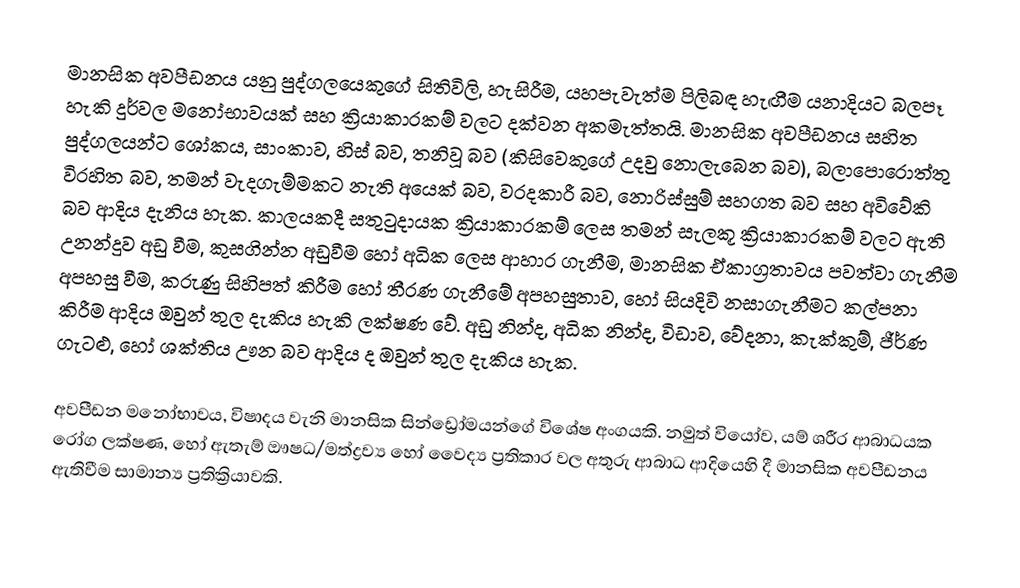
මානසික අවපීඩනය යනු පුද්ගලයෙකුගේ සිතිවිලි, හැසිරීම, යහපැවැත්ම පිලිබඳ හැඟීම යනාදියට බලපෑ හැකි දුර්වල මනෝභාවයක් සහ ක්‍රියාකාරකම් වලට දක්වන අකමැත්තයි.  මානසික අවපීඩනය සහිත පුද්ගලයන්ට ශෝකය, සාංකාව, හිස් බව, තනිවූ බව (කිසිවෙකුගේ උදවු නොලැබෙන බව), බලාපොරොත්තු විරහිත බව, තමන් වැදගැම්මකට නැති අයෙක් බව, වරදකාරී බව, නොරිස්සුම් සහගත බව සහ අවිවේකි බව ආදිය දැනිය හැක. කාලයකදී සතුටුදායක ක්‍රියාකාරකම් ලෙස තමන් සැලකූ ක්‍රියාකාරකම් වලට ඇති උනන්දුව අඩු වීම, කුසගින්න අඩුවීම හෝ අධික ලෙස ආහාර ගැනීම, මානසික ඒකාග්‍රතාවය පවත්වා ගැනීම අපහසු වීම, කරුණු සිහිපත් කිරීම හෝ තීරණ ගැනීමේ අපහසුතාව, හෝ සියදිවි නසාගැනීමට කල්පනා කිරීම ආදිය ඔවුන් තුල දැකිය හැකි ලක්ෂණ වේ. අඩු නින්ද, අධික නින්ද, විඩාව, වේදනා, කැක්කුම්, ජීර්ණ ගැටළු, හෝ ශක්තිය ඌන බව ආදිය ද ඔවුන් තුල දැකිය හැක.

අවපීඩන මනෝභාවය, විෂාදය වැනි මානසික සින්ඩ්‍රෝමයන්ගේ විශේෂ අංගයකි. නමුත් වියෝව, යම් ශරීර ආබාධයක රෝග ලක්ෂණ, හෝ ඇතැම් ඖෂධ/මත්ද්‍රව්‍ය හෝ වෛද්‍ය ප්‍රතිකාර වල අතුරු ආබාධ ආදියෙහි දී මානසික අවපීඩනය ඇතිවීම සාමාන්‍ය ප්‍රතික්‍රියාවකි.